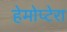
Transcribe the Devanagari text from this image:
हेमोप्टेरा